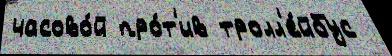
часово́й про́т'ив тролл'е́йбус